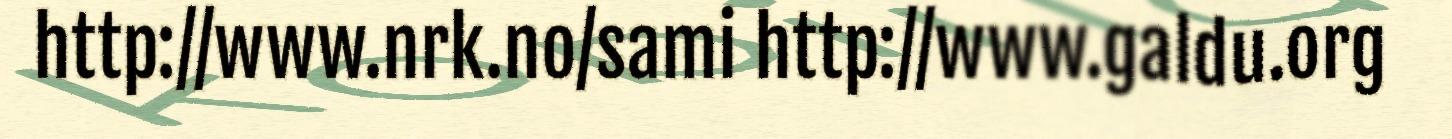
http://www.nrk.no/sami http://www.galdu.org